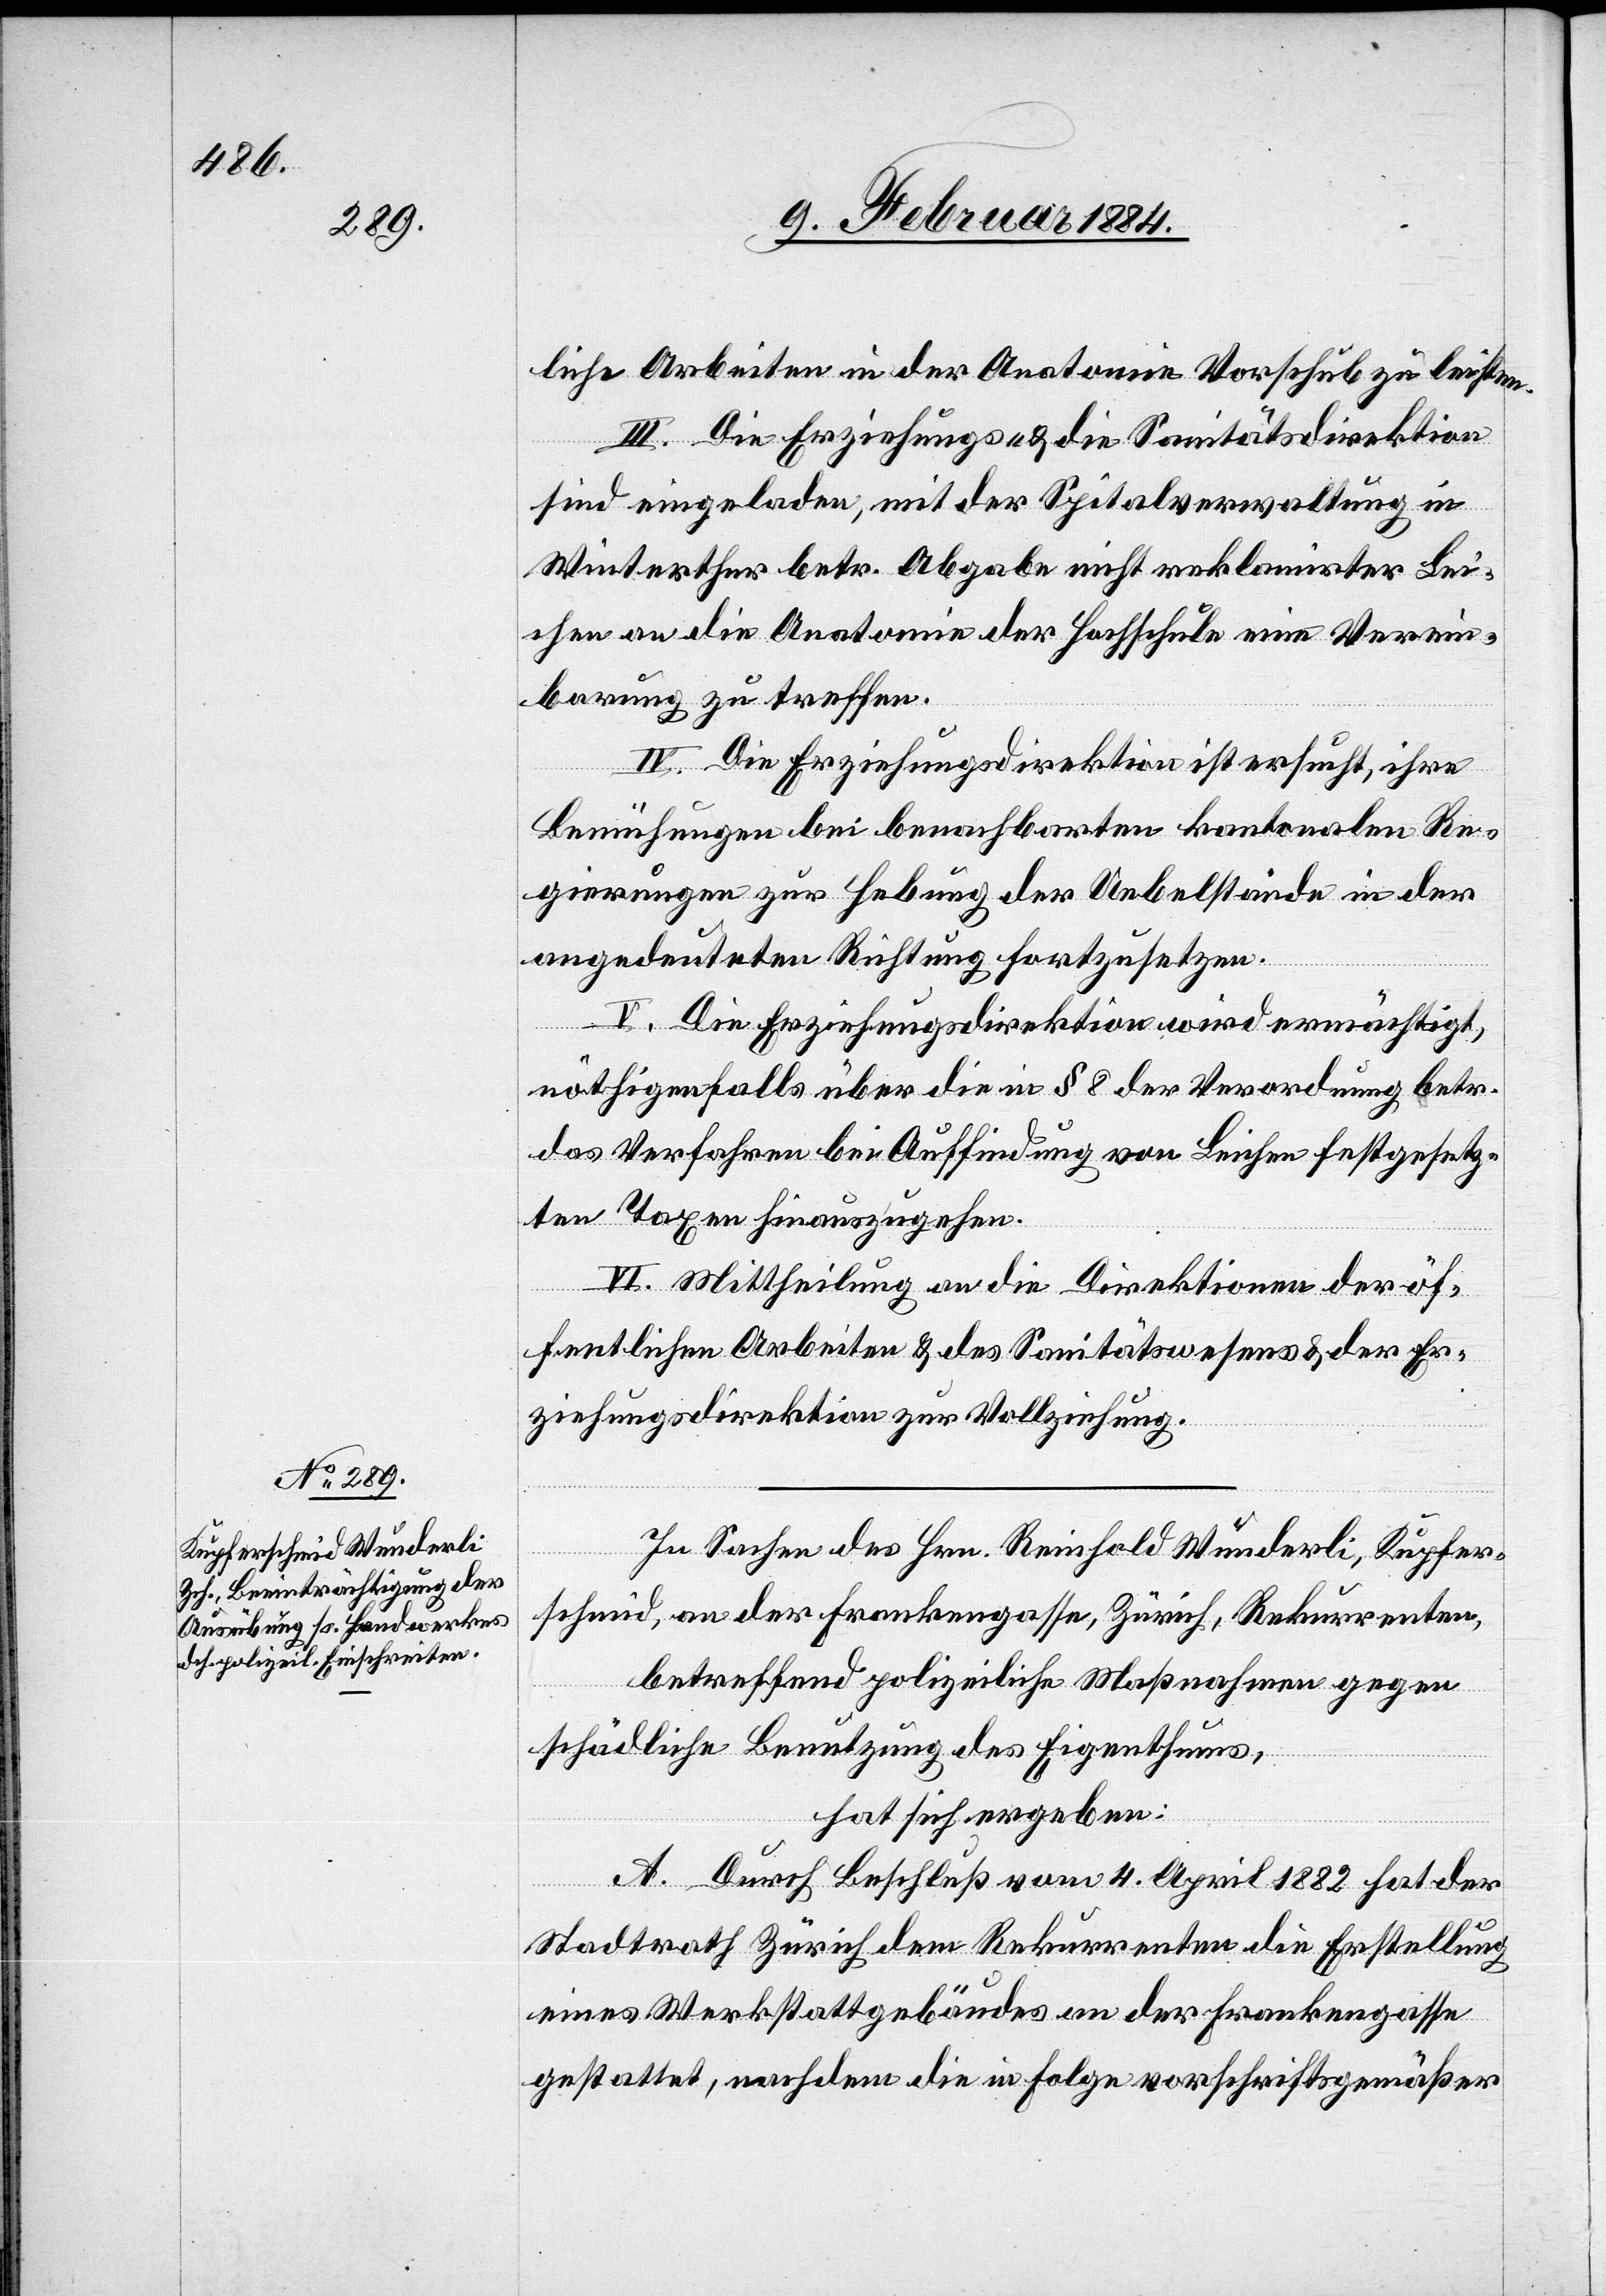
liche Arbeiten in der Anatomie Vorschub zu leisten.
III. Die Erziehungs- & die Sanitätsdirektion
sind eingeladen, mit der Spitalverwaltung in
Winterthur betr. Abgabe nicht reklamirter Lei¬
chen an die Anatomie der Hochschule eine Verein¬
barung zu treffen.
IV. Die Erziehungsdirektion ist ersucht, ihre
Bemühungen bei benachbarten kantonalen Re¬
gierungen zur Hebung der Uebelstände in der
angedeuteten Richtung fortzusetzen.
V. Die Erziehungsdirektion wird ermächtigt,
nöthigenfalls über die in § 8 der Verordnung betr.
das Verfahren bei Auffindung von Leichen festgesetz¬
ten Taxen hinauszugehen.
VI. Mittheilung an die Direktion der öf¬
fentlichen Arbeiten & des Sanitätswesens & der Er¬
ziehungsdirektion zur Vollziehung.
In Sachen des Hrn. Reinhold Wunderli, Kupfer¬
schmid, an der Frankengasse, Zürich, Rekurrenten
betreffend polizeiliche Maßnahme gegen
schädliche Benutzung des Eigenthums,
hat sich ergeben:
A. Durch Beschluß vom 4. April 1882 hat der
Stadtrath Zürich dem Rekurrenten die Erstellung
eines Werkstattgebäudes an der Frankengasse
gestattet, nachdem die in Folge vorschriftsgemäßer